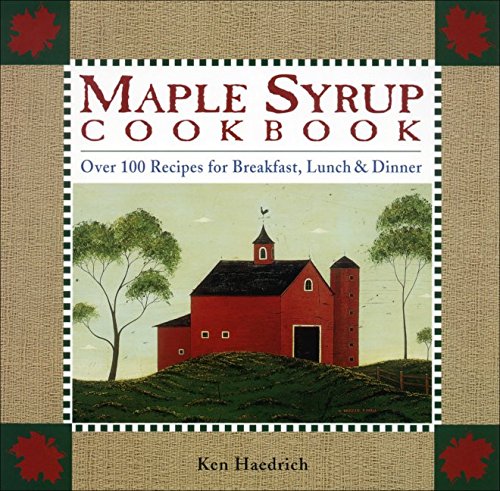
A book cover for Maple Syrup Cookbook: 100 Recipes for Breakfast, Lunch & Dinner; Ken Haedrich; Cookbooks, Food & Wine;